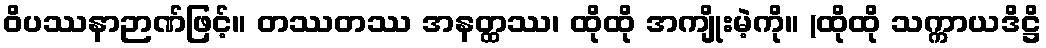
ဝိပဿနာဉာဏ်ဖြင့်။ တဿတဿ အနတ္ထဿ၊ ထိုထို အကျိုးမဲ့ကို။ (ထိုထို သက္ကာယဒိဋ္ဌိ